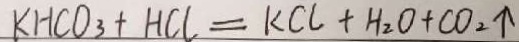
K H C O _ { 3 } + H C l = K C l + H _ { 2 } O + C O _ { 2 } \uparrow